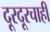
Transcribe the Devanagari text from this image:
दूरदूरचाही